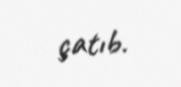
çatıb.